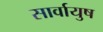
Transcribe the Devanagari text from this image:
सार्वायुष